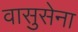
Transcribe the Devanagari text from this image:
वासुसेना